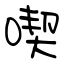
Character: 喫